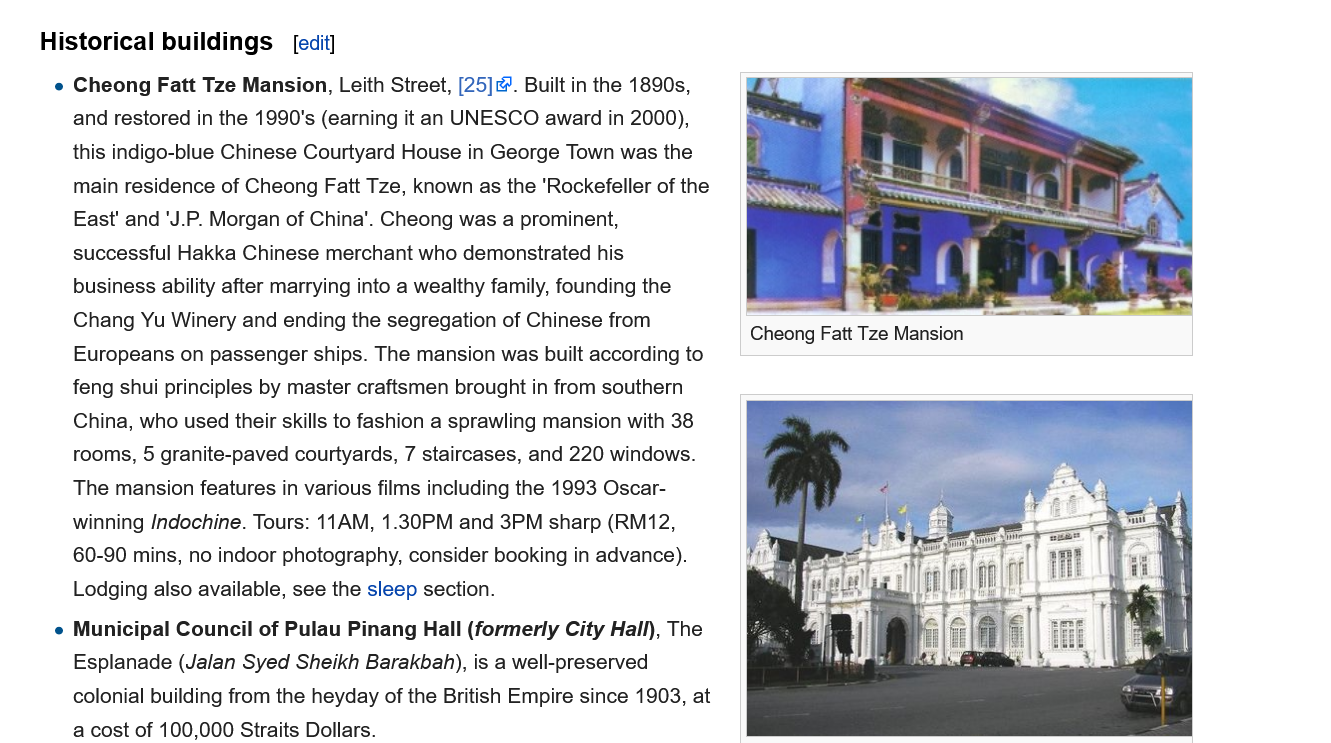
Historical  buildings
     Municipal Council of Pulau Pinang Hall (formerly City Hall), The
     Esplanade (Jalan Syed Sheikh Barakbah), is a well-preserved
     colonial building from the heyday of the British Empire since 1903, at
     a cost of 100 000 Straits Dollars
     Cheong  Fatt Tze Mansion, Leith Street, [25]’. Built in the 1890s,
     and restored in the 1990's (earning it an UNESCO award in 2000),
     this indigo-blue Chinese Courtyard House in George Town was the
     main residence of Cheong Fatt Tze, known as the ‘Rockefeller of the
     East’ and ‘J.P. Morgan of China’. Cheong was a prominent,
     successful Hakka Chinese merchant who demonstrated his
     business ability after marrying into a wealthy family, founding the
     Chang  Yu Winery and ending the segregation of Chinese from
     Europeans on passenger ships. The mansion was built according to
     feng shui principles by master craftsmen brought in from southern
     China, who used their skills to fashion a sprawling mansion with 38
     rooms, 5 granite-paved courtyards, 7 staircases, and 220 windows.
     The mansion features in various films including the 1993 Oscar-
     winning Indochine. Tours: 11AM, 1.30PM and 3PM sharp (RM12,
     60-90 mins, no indoor photography, consider booking in advance).
     Lodging also available, see the sleep section.
     Cheong Fatt Tze Mansion
     [edit